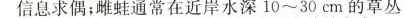
信息求偶；雌蛙通常在近岸水深10~30cm的草丛